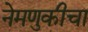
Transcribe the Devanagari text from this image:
नेमणुकीचा